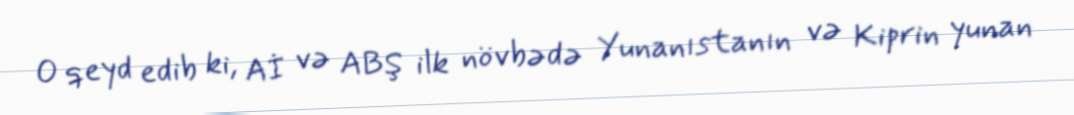
O qeyd edib ki, Aİ və ABŞ ilk növbədə Yunanıstanın və Kiprin yunan